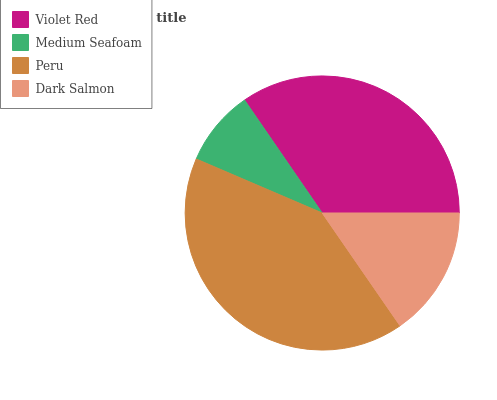
| Violet Red | Medium Seafoam | Peru | Dark Salmon |
 | --- | --- | --- | --- |
 | 34.5% | 8.98% | 41.1% | 15.4% |